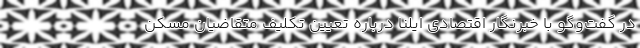
در گفت‌وگو با خبرنگار اقتصادی ایلنا درباره تعیین تکلیف متقاضیان مسکن